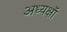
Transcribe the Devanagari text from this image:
अध्यक्षॉ